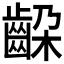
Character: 𬹵